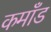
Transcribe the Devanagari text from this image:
कमाँड